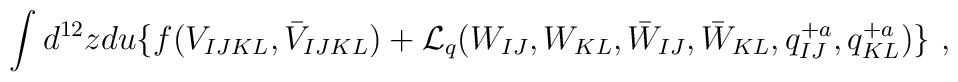
\int d^{12}z du \{ f(V_{IJKL}, \bar V_{IJKL}) +{\cal L}_{q}(W_{IJ},W_{KL},\bar W_{IJ},\bar W_{KL},q^{+ a}_{IJ}, q^{+a}_{KL})\}~,